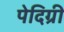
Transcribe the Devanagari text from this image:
पेदिग्री